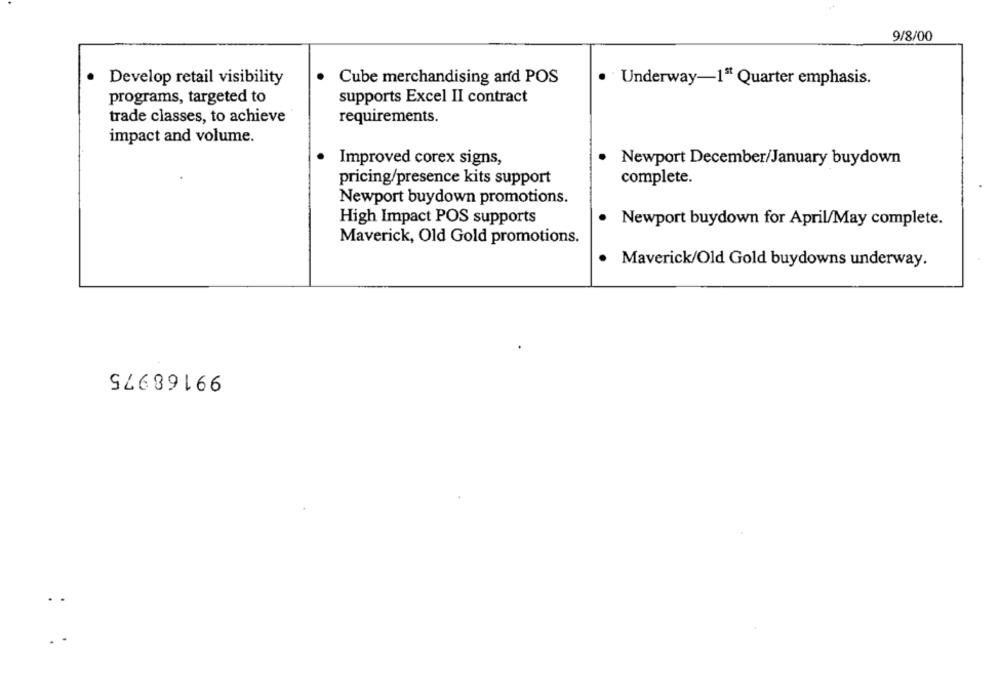
9/8/00
· Develop retail visibility
.
Cube merchandising and POS
· Underway-1ª Quarter emphasis.
programs, targeted to
supports Excel II contract
trade classes, to achieve
requirements.
impact and volume.
.
Improved corex signs,
Newport December/January buydown
complete.
pricing/presence kits support
Newport buydown promotions.
High Impact POS supports
.
Newport buydown for April/May complete.
Maverick, Old Gold promotions.
· Maverick/Old Gold buydowns underway.
99168975